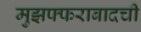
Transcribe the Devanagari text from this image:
मुझफ्फराबादची